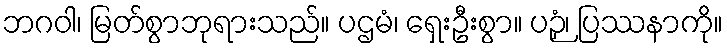
ဘဂဝါ၊ မြတ်စွာဘုရားသည်။ ပဌမံ၊ ရှေးဦးစွာ။ ပဉှံ၊ ပြဿနာကို။